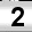
Digit: 2